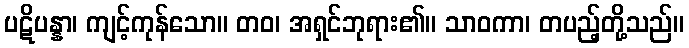
ပဋိပန္နာ၊ ကျင့်ကုန်သော။ တဝ၊ အရှင်ဘုရား၏။ သာဝကာ၊ တပည့်တို့သည်။